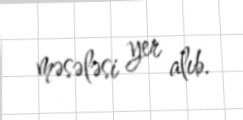
məsələsi yer alıb.